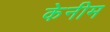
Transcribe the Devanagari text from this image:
केनीम